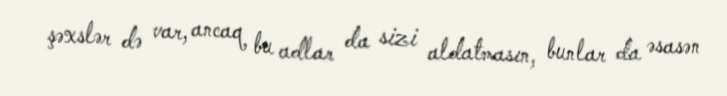
şəxslər də var, ancaq bu adlar da sizi aldatmasın, bunlar da əsasən